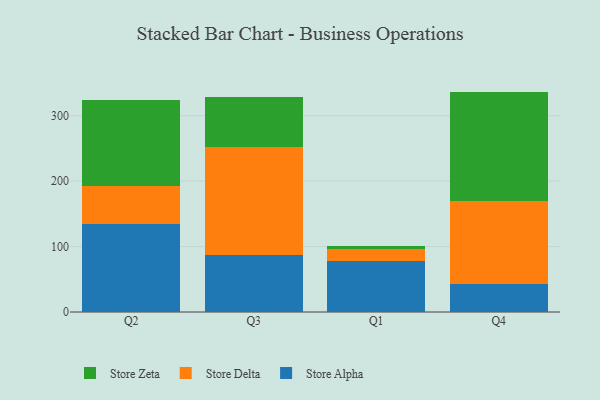
{"axis": {"x": "Quarter", "y": "Population (Million)"}, "legend": ["Store Alpha", "Store Delta", "Store Zeta"], "data": [{"x": "Q2", "y": 134.9, "type": "Store Alpha"}, {"x": "Q2", "y": 57.8, "type": "Store Delta"}, {"x": "Q2", "y": 130.9, "type": "Store Zeta"}, {"x": "Q3", "y": 87.3, "type": "Store Alpha"}, {"x": "Q3", "y": 164.6, "type": "Store Delta"}, {"x": "Q3", "y": 76.5, "type": "Store Zeta"}, {"x": "Q1", "y": 77.6, "type": "Store Alpha"}, {"x": "Q1", "y": 18.2, "type": "Store Delta"}, {"x": "Q1", "y": 5.8, "type": "Store Zeta"}, {"x": "Q4", "y": 43.5, "type": "Store Alpha"}, {"x": "Q4", "y": 126.5, "type": "Store Delta"}, {"x": "Q4", "y": 166.8, "type": "Store Zeta"}]}